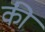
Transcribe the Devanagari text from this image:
की